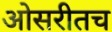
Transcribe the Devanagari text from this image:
ओसरीतच